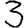
Digit: 3